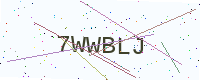
Text: 7WWBLJ